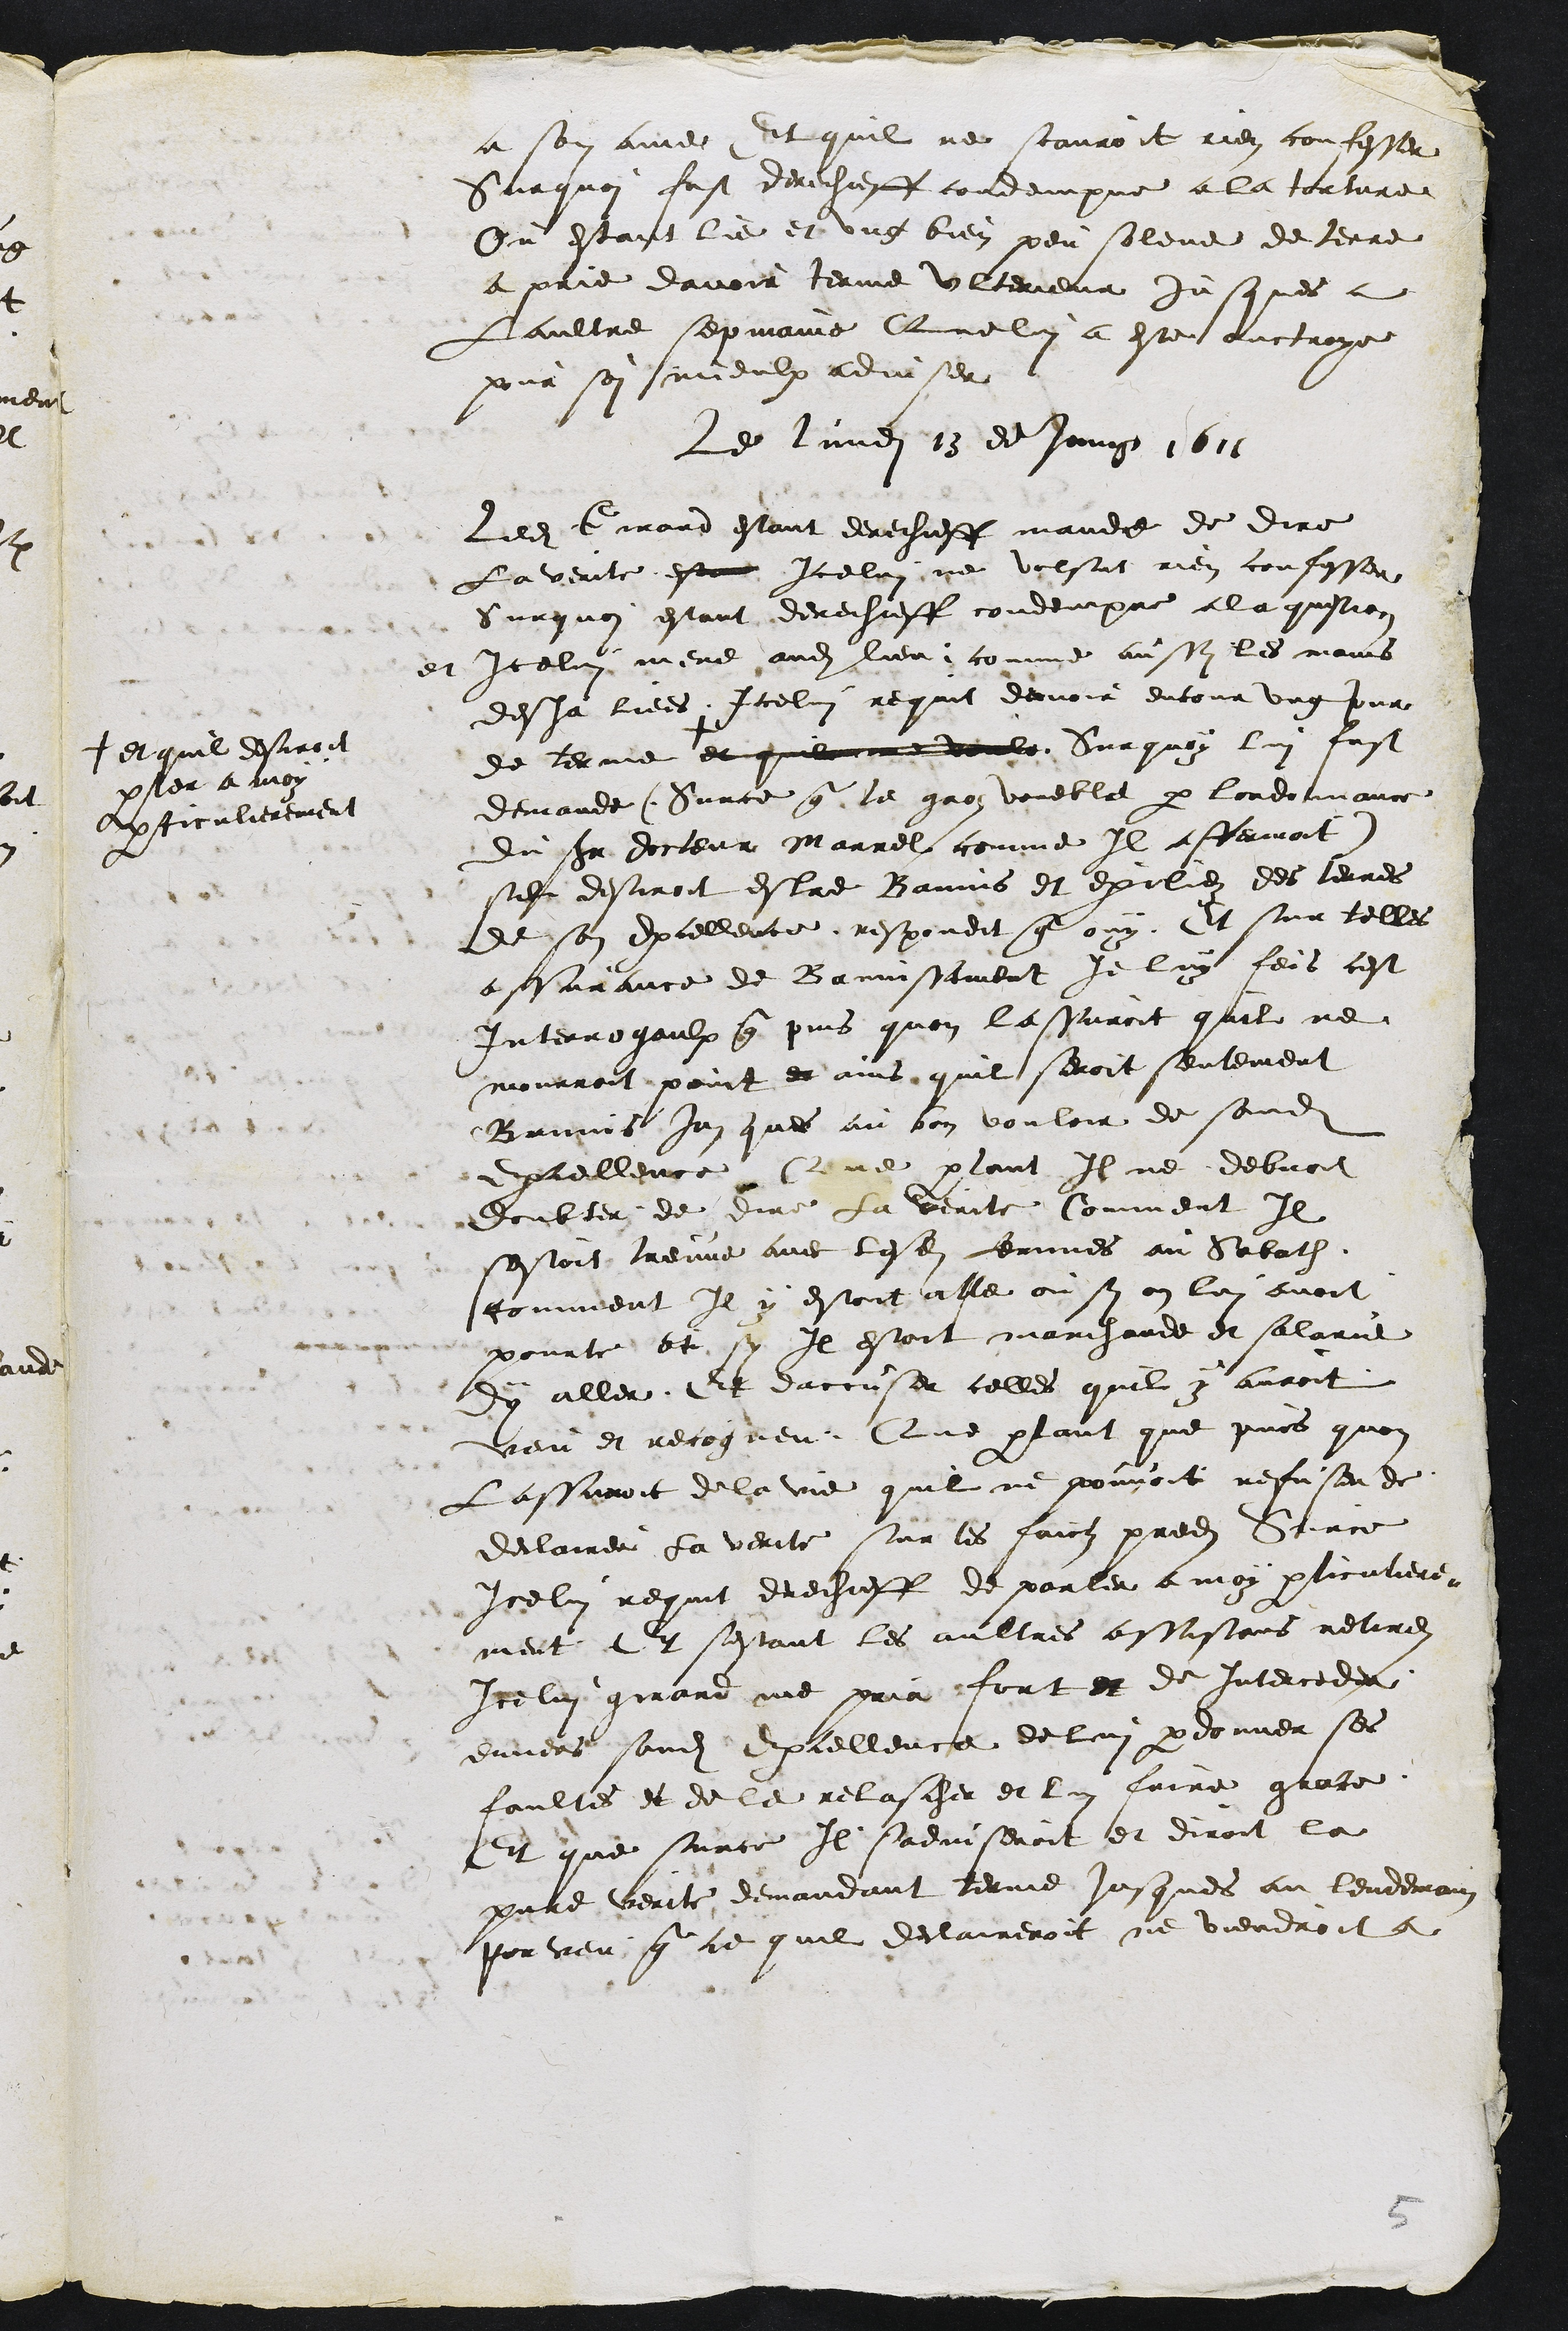
a son ame Et quil ne scauroit rien confesser
Surquoi fust derechieff condempne a la torture
Ou estant lie et ung bien peu soleve de terre
a prie davoir terme ulterieur jusques a
Laultre sepmaine Que lui a este ouctroye
pour soy mieulx adviser
Le lundi 13 de Juing 1611
Ledit Girard estant derechieff mande de dire
La verite esta Icelui ne volsut rien confesser
Surquoy estant derechieff condempne a la question
et Icelui mene audit lieu comme aussy les mains
desja liees Icelui requit davoir encour ung jour
de terme +
+ et quil desiroit
parler a moy
particulierement
et quil me voule Sur quoy lui fust
demande (Surce que le groz voueble par lordonnance
du sieur docteur Marrel comme Il affermoit)
sil desiroit estre Bannis et exiliez des terres
de son Excellence respondit que ouy Et sur telles
assurance de Bannissement je luy feis cest
Interrogaulx que puis quon lassuroit quil ne
mourroit point et ains quil seroit seulement
Bannis jusques au bon vouloir de sondit
Excellence Que partant Il ne debvoit
doubter de dire la verite Comment Il
sestoit treuve avec lesdites femmes au Sabath
comment Il y estoit alle ou sy on lui avoit
pourte et sy Il estoit marchande et salarie
dy aller Et daccuser celles quil y avoit
veu et recogneu Que partant que puis quon
Lassuroit de la vie quil ne pouvoit refuser de
declairer la verite sur les faictz predits Surce
Icelui requit derechieff de parler a moy parliculiere-
ment Et sestant les aultres assistans retires
Icelui girard me pria fort et de Interceder
envers sondit Excellence de lui pardonner ses
faultes et de le relascher et lui faire grace
Et que surce Il sadviseroit et diroit la
pure verite demandant terme jusques au lendemain
Porveu que ce quil declaireroit ne viendroit a

5